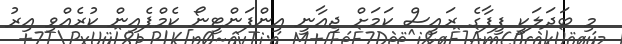
މި ބަދަލަކީ ފީފާގެ ރައީސް ކަމަށް ޖިއާނީ އިންފަންޓީނޯ ކެމްޕެއިން ކުރެއްވި އިރު